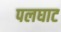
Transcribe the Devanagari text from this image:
पलघाट